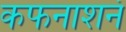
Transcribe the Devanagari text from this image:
कफनाशनं